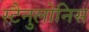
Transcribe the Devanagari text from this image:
स्टैनुलोनिस